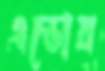
এডোয়